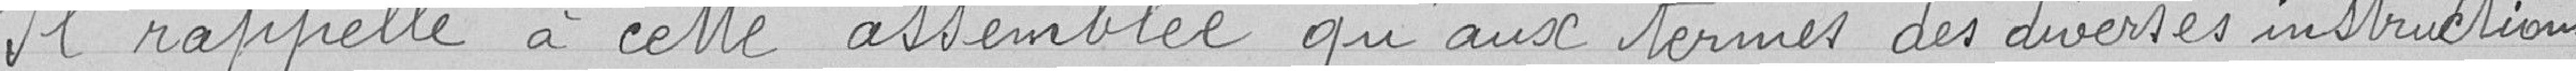
Il rappelle à cette assemblée qu'aux termes des diverses instructions